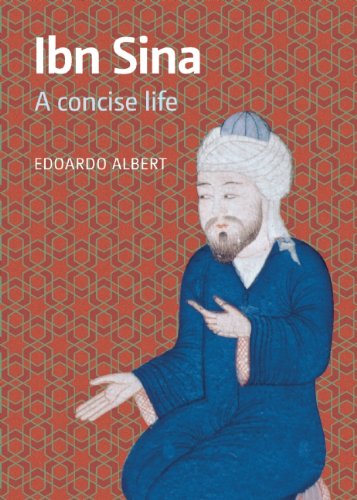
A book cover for Ibn Sina: A Concise Life; Edoardo Albert; Teen & Young Adult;